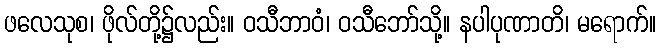
ဖလေသုစ၊ ဖိုလ်တို့၌လည်း။ ဝသီဘာဝံ၊ ဝသီဘော်သို့။ နပါပုဏာတိ၊ မရောက်။